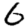
Digit: 6